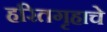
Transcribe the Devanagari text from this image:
हरितगृहाचे